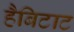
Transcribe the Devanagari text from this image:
हैबिटाट